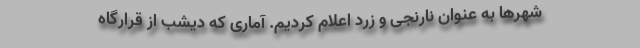
شهرها به عنوان نارنجی و زرد اعلام کردیم. آماری که دیشب از قرارگاه